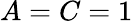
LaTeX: A=C=1